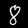
Label: 8